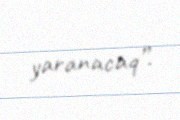
yaranacaq”.